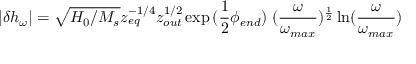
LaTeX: | \delta { h _ { \omega } } | = \sqrt { H _ { 0 } / M _ { s } } z _ { e q } ^ { - 1 / 4 } z _ { o u t } ^ { 1 / 2 } \exp { ( \frac { 1 } { 2 } \phi _ { e n d } ) } \; ( { \frac { \omega } { \omega _ { m a x } } } ) ^ { \frac { 1 } { 2 } } \ln ( { \frac { \omega } { \omega _ { m a x } } } )